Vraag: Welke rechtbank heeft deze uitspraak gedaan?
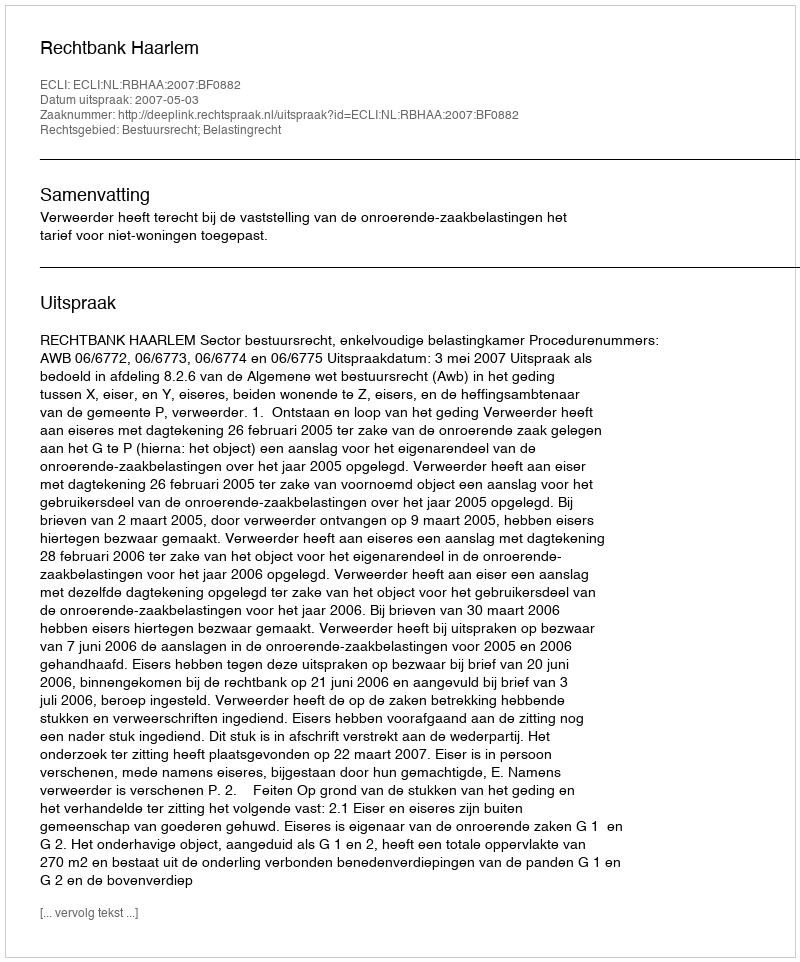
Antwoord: Rechtbank Haarlem